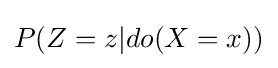
P(Z=z|do(X=x))